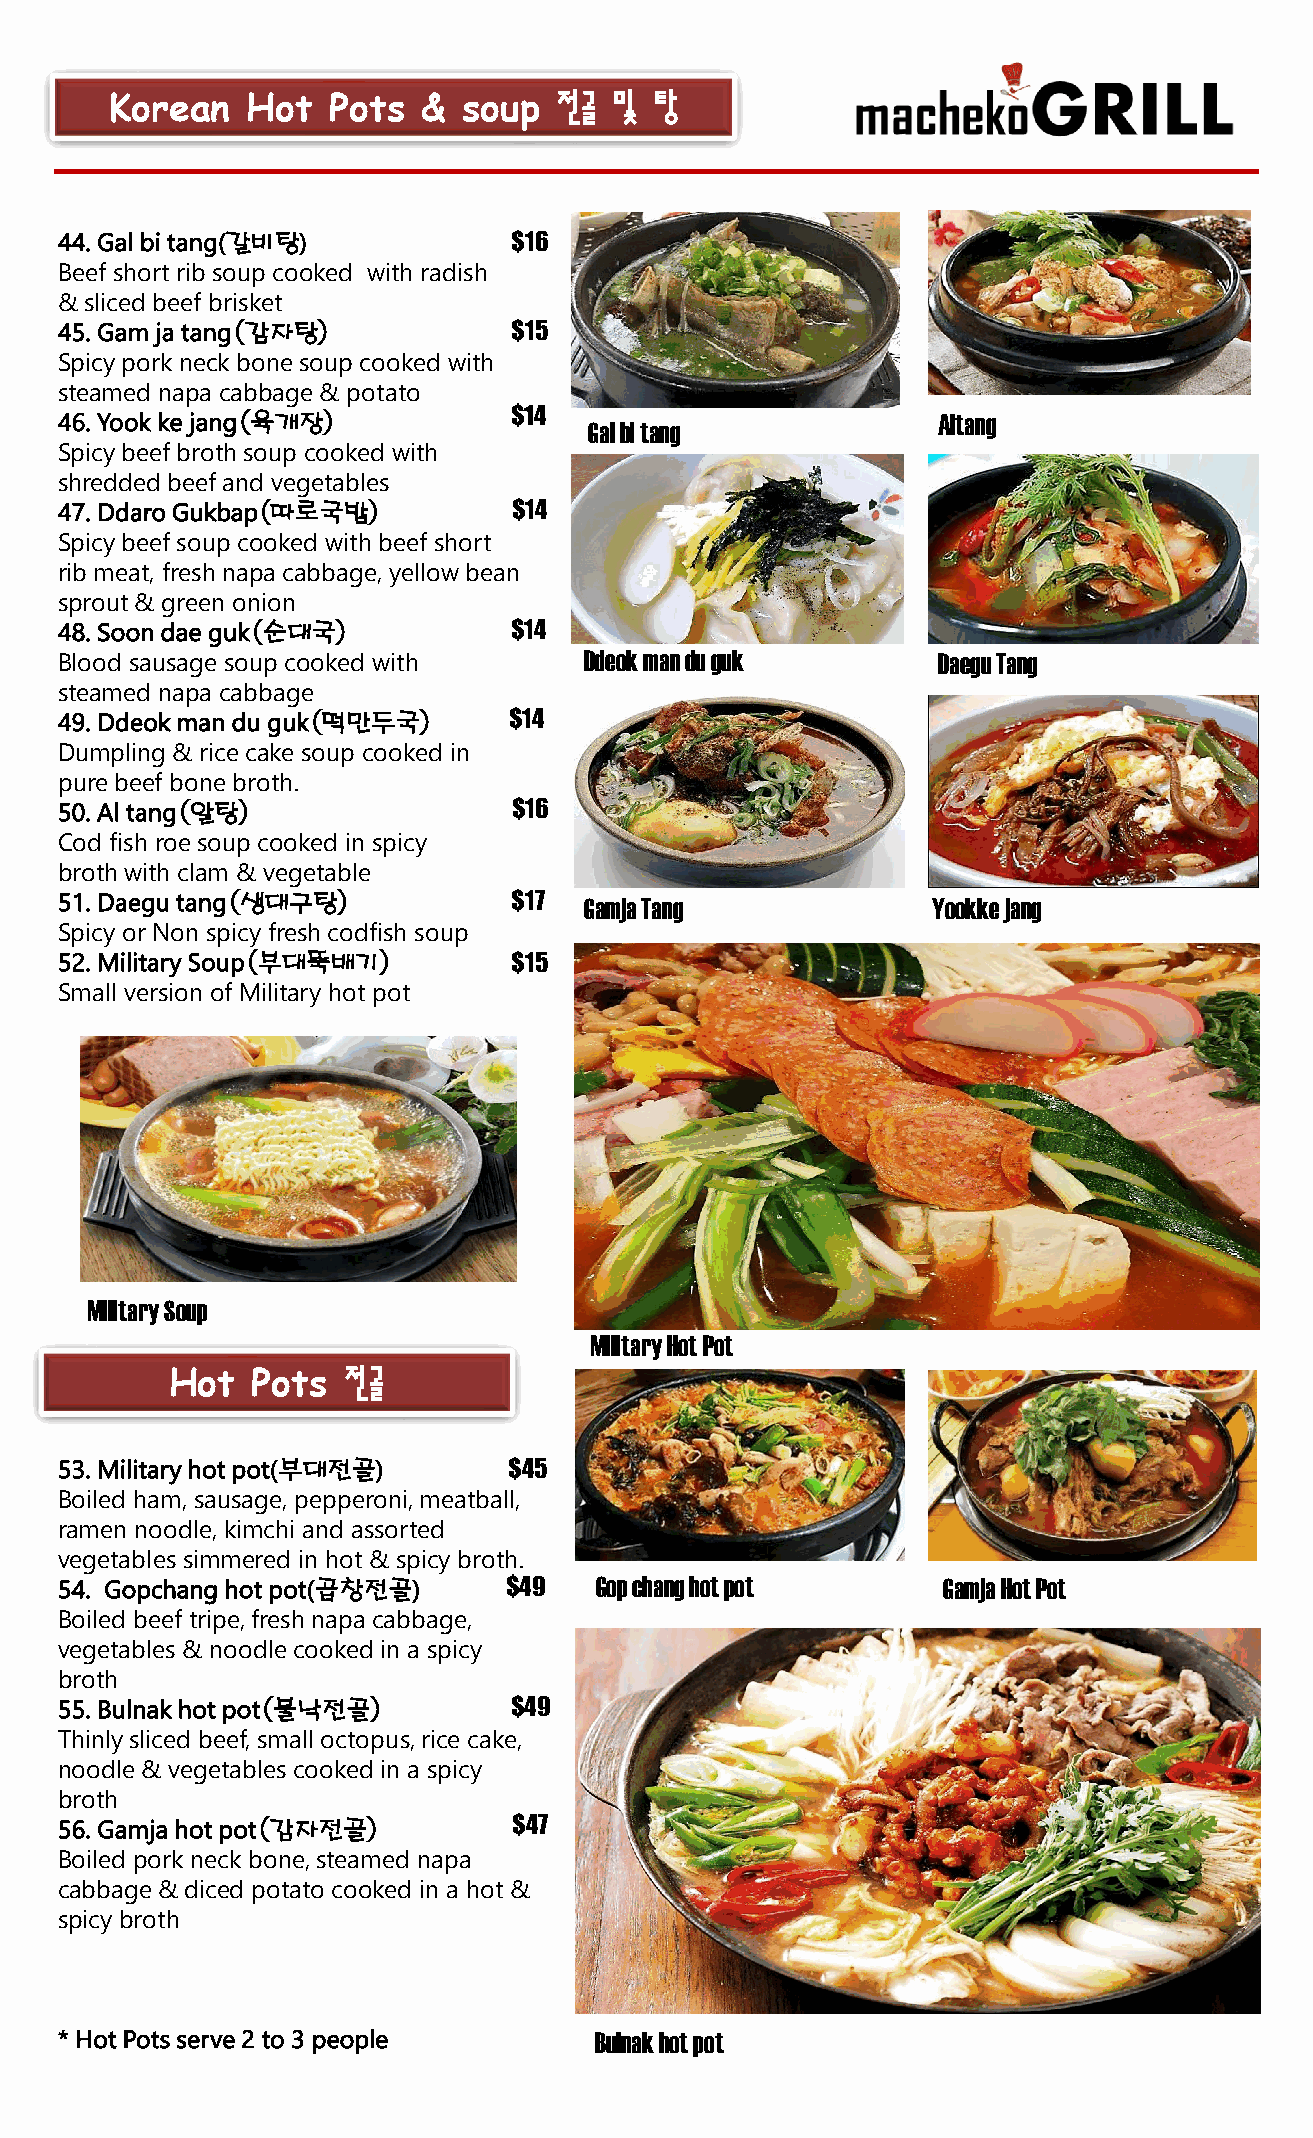
Korean   Hot   Pots  &  soup  전골  및 탕
 44. Gal bi tang(갈비탕)          $16
 Beef short rib soup cooked with radish
 & sliced beef brisket
 45. Gam ja tang(감자탕)          $15
 Spicy pork neck bone soup cooked with
 steamed napa cabbage & potato
 46. Yookke jang(육개장)          $14                         Altang
 Gal bi tang
 Spicy beef broth soup cooked with
 shredded beef and vegetables
 47. DdaroGukbap(따로국밥)         $14
 Spicy beef soup cooked with beef short
 rib meat, fresh napa cabbage, yellow bean
 sprout & green onion
 48. Soon dae guk(순대국)         $14
 Blood sausage soup cooked with     Ddeokman du guk        Daegu Tang
 steamed napa cabbage
 49. Ddeokman du guk(떡만두국)     $14
 Dumpling & rice cake soup cooked in
 pure beef bone broth.
 50. Al tang(알탕)               $16
 Cod fish roe soup cooked in spicy
 broth with clam & vegetable
 51. Daegu tang(생대구탕)          $17  GamjaTang              Yookkejang
 Spicy or Non spicy fresh codfish soup
 52. Military Soup(부대뚝배기)      $15
 Small version of Military hot pot
 Military Soup
 Military Hot Pot
 Hot   Pots  전골
 53. Military hot pot(부대전골)    $45
 Boiled ham, sausage, pepperoni, meatball,
 ramen noodle, kimchi and assorted
 vegetables simmered in hot & spicy broth.
 54. Gopchang hot pot(곱창전골)    $49  Gopchanghot pot        GamjaHot Pot
 Boiled beef tripe, fresh napa cabbage,
 vegetables & noodle cooked in a spicy
 broth
 55. Bulnakhot pot(불낙전골)       $49
 Thinly sliced beef, small octopus, rice cake,
 noodle & vegetables cooked in a spicy
 broth
 56. Gamja hot pot(감자전골)       $47
 Boiled pork neck bone, steamed napa
 cabbage & diced potato cooked in a hot &
 spicy broth
 * Hot Pots serve 2 to 3 people     Bulnakhot pot